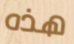
هذه